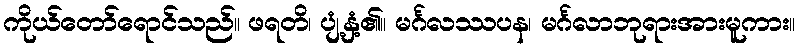
ကိုယ်တော်ရောင်သည်။ ဖရတိ၊ ပျံ့နှံ့၏။ မင်္ဂလဿပန၊ မင်္ဂလာဘုရားအားမူကား။